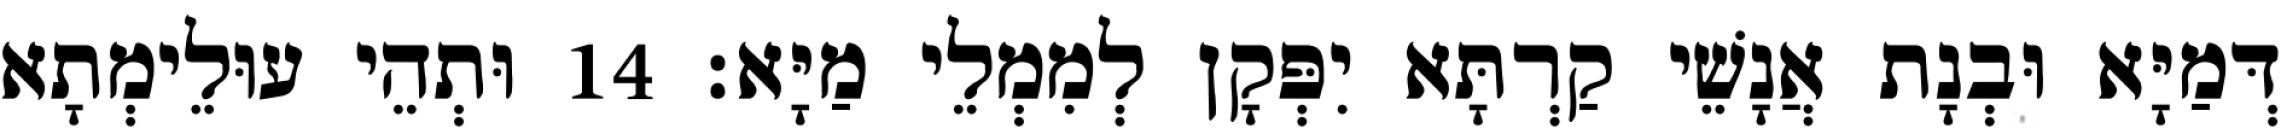
דְּמַיָּא וּבְנָת אֲנָשֵׁי קַרְתָּא יִפְּקָן לְמִמְלֵי מַיָּא׃ 14 וּתְהֵי עוּלֵימְתָא